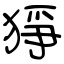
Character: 猙